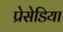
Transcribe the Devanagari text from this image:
प्रेसेडिया